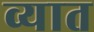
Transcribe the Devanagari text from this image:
व्यात